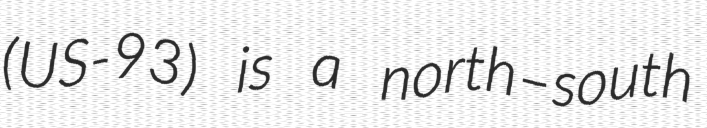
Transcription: (US-93) is a north–south